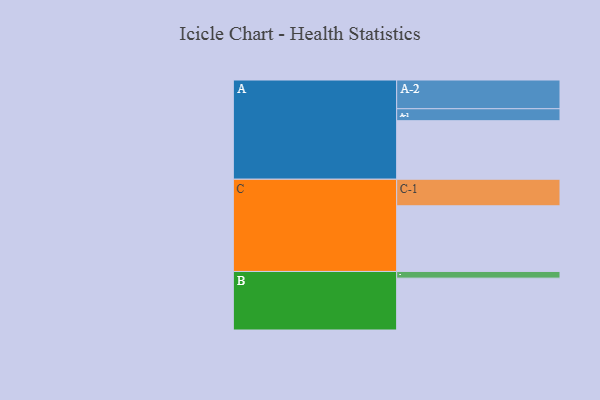
{"axis": {"x": "Segment", "y": "Value"}, "legend": ["", "A", "B", "C"], "data": [{"x": "A", "y": 509, "type": ""}, {"x": "B", "y": 451, "type": ""}, {"x": "C", "y": 571, "type": ""}, {"x": "A-1", "y": 104, "type": "A"}, {"x": "A-2", "y": 250, "type": "A"}, {"x": "B-1", "y": 58, "type": "B"}, {"x": "C-1", "y": 231, "type": "C"}]}